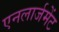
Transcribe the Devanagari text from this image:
एनलार्जमेंट